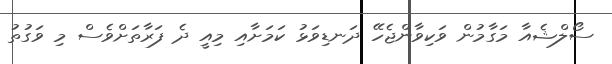
ސޯލްޝެއާ މަގާމުން ވަކިވާންޖެހޭ ދަނޑިވަޅު ކަމަށާއި މިއީ ދެ ފަރާތަށްވެސް މި ވަގުތު